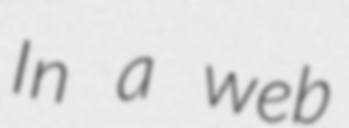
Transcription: In a web